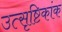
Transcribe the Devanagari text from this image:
उत्सृष्टिकांक